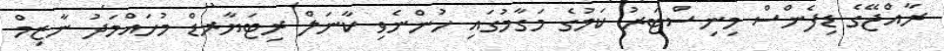
ރާއްޖޭގެ ޑިފެންސް މިނިސްޓަރު ކަމުގެ މަގާމުގައި ހުންނެވި ކާނަލް ރިޓަޔާރޑް މުހައްމަދު ނާޒިމް